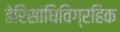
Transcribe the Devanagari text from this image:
हेरिसांधिविग्रहिक